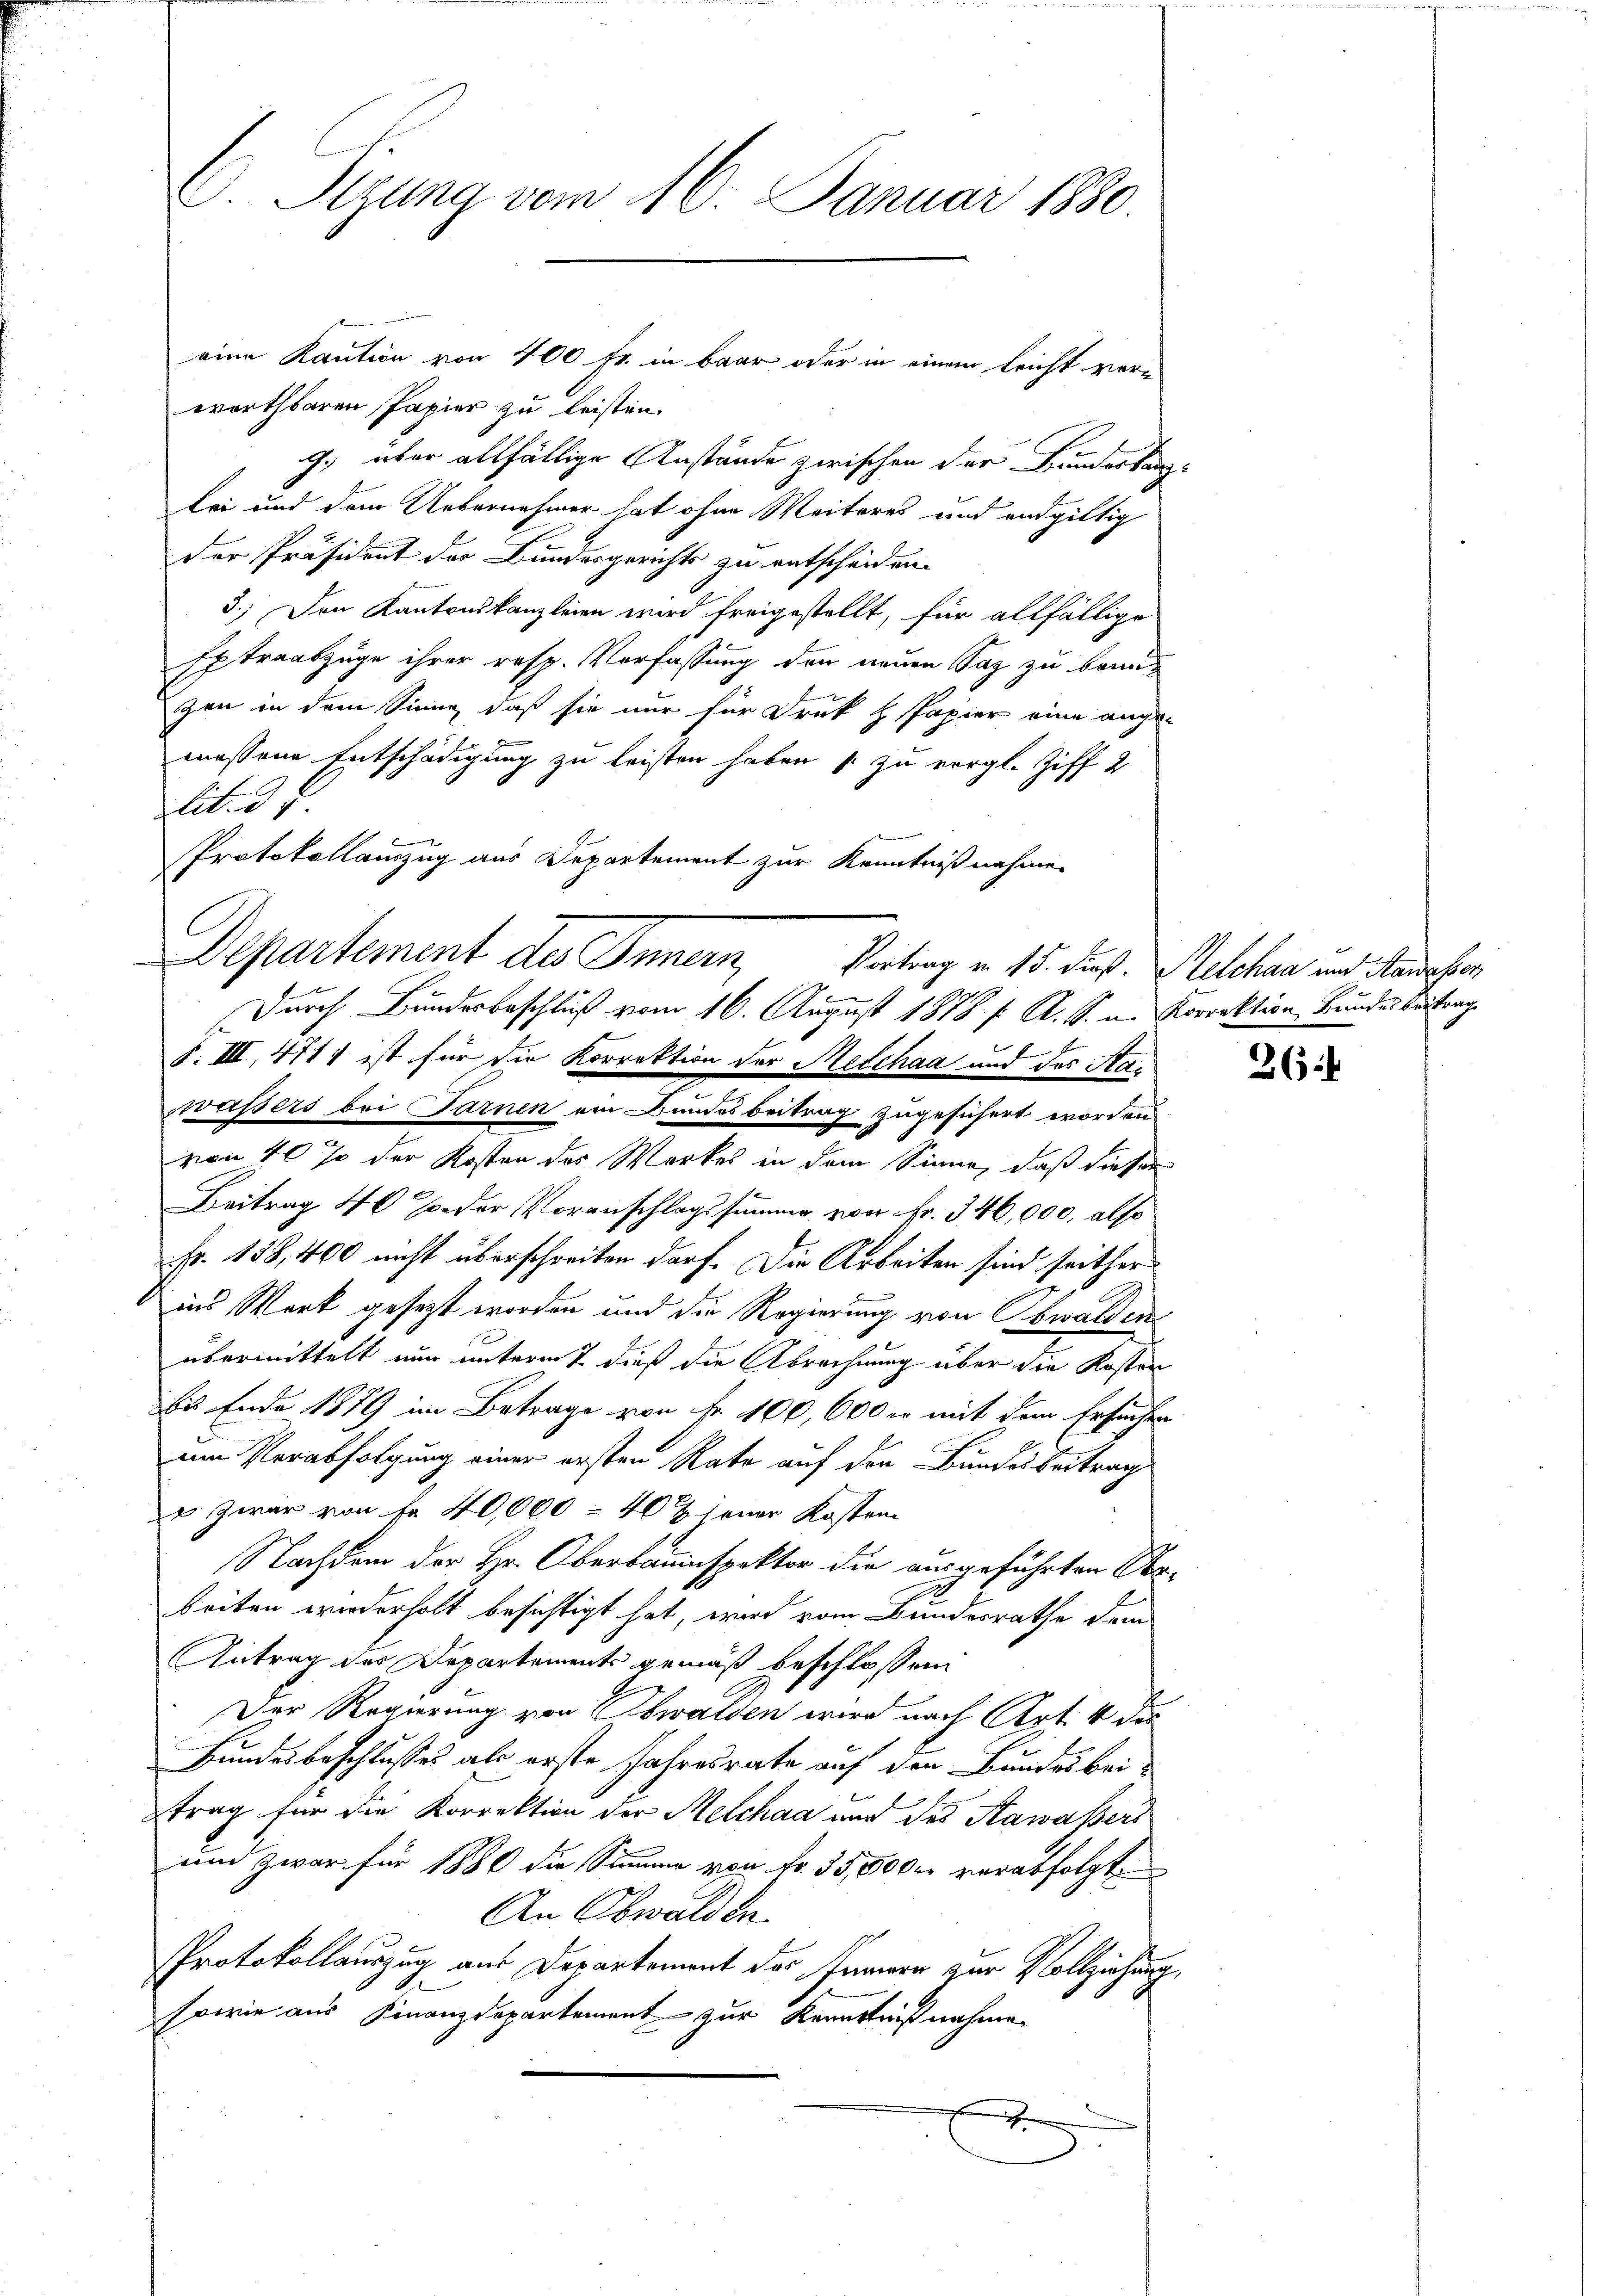
. Sizung vom 16. Januar 1880.

eine Kaution von 400 Fr. in baar oder in einem leicht verworthbaren Papier zu leisten.
9.) aber allfällige Anstände zwischen der Bundeskanzbei und dem Uebernehmer hat ohne Weiteres und endgültig
Der Präsident der Bundesgerichts zu entscheiden.
3.) Den Kantonskanzleien wird freigestellt, für allfällige
Extraabzüge ihrer resp. Verfassung den neuen Saz zu beanb
zen in dem Sinne, daß sie nur für Druk H Papier eine ange-
e
messene Entschädigung zu leisten haben zu vergl. Ziff 2
Blitt. d. 7.
.
Protokollauszug aus Departement zur Kenntnißnahmen
Departement des Innern,
Durch Bundesbeschluß vom 16. August 1878 f. A. S. u. Korrektion Bundes Fristung
S. III, 471) ist für die Korrektion der Melchaa und des Stawäßers bei Sarnen ein Bundesbeitrag zugesichert worden
von 40% der Kosten des Werkes in dem Sinne, daß dieser
Beitrag 4 oder Voranschlagssumme von Fr. 346,000, also
Fr. 138,400 nicht überschreiten darf. Die Arbeiten sind seitherins Werk gesezt worden und die Regierung von Obwalden
übermittelt nun unterm 7 dieß die Abrechnung über die Kosten
u Ende 1879 im Betrage von Fr. 100,000 er mit dem Ersuchen
um Verabfolgung einer ersten Rate auf der Bundesbeitrag
& zwar von fr. 40,000 - 40 ½ jener Kosten
Nachdem der Hr. Oberbauinspektor die ausgeführten Obebeiten wiederholt besichtigt hat, wird vom Bundesrathe dem
Antrag des Departements gemäß beschlossen
Der Regierung von Obwalden wird nach Art. 4 des
Bundesbeschlusses als erste Jahresrate auf den Bundesbei-
trag für die Korrektion der Melchaa und des Kawaßers
um zwar für 1880 die Summe von Fr. 35,500 er verabfolgte
An Obwald de
Protokollauszug aus Departement das Jennern zur Vollziehung,
sowie aus Finanzdepartement zur Kenntnißnahme
x

Vortrag u. 15. Fuß. Melchaa und Hawasser

26